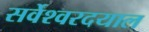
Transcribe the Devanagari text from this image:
सर्वेश्वरदयाल